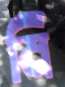
মি